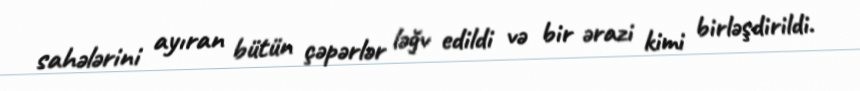
sahələrini ayıran bütün çəpərlər ləğv edildi və bir ərazi kimi birləşdirildi.